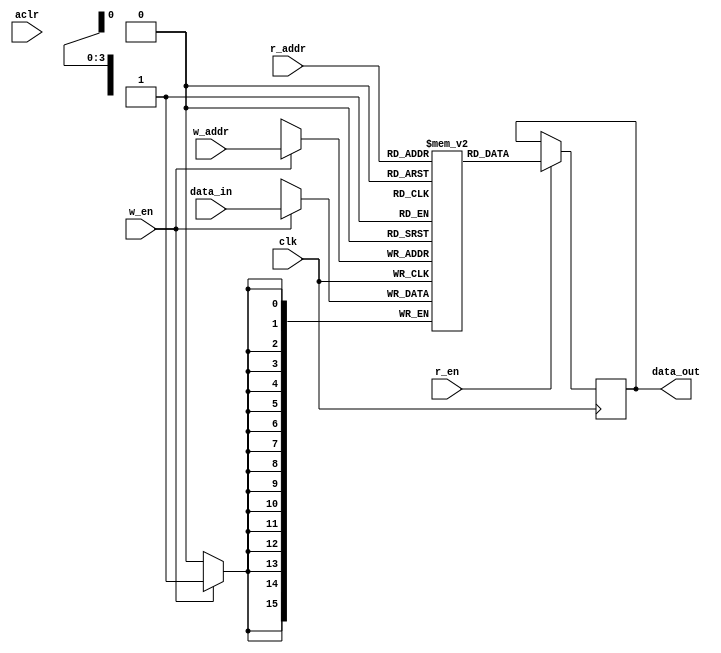
`timescale 1ns / 10ps

module dp_mem #(parameter MEM_DEPTH =16, parameter LOG2_MEM_DEPTH=4, parameter DATA_WIDTH=16) 
(  input clk,
   input aclr,
	input [DATA_WIDTH-1:0] data_in,
	input [LOG2_MEM_DEPTH-1:0] r_addr, w_addr,
	input w_en, r_en, 
	output reg [DATA_WIDTH-1:0] data_out
);

reg [DATA_WIDTH-1:0] mem [MEM_DEPTH-1:0]; 

// Write
	always @(posedge clk)
	begin
		if (w_en)
			mem[w_addr]<= data_in;
	end

// Read 
	always @(posedge clk)
	begin
		if (r_en)
			data_out <= mem[r_addr];
	end

endmodule